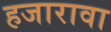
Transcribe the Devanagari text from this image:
हजारावा